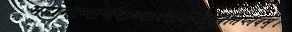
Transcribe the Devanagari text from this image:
महामाष्यार्णवाऽवारपारीणंविवृतिप्लवम्।